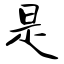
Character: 是